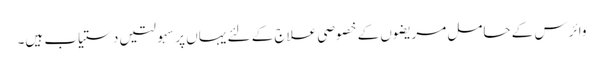
وائرس کے حامل مریضوں کے خصوصی علاج کے لئے یہاں پر سہولتیں دستیاب ہیں۔